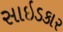
સાઇડકાર